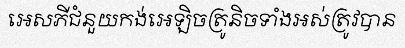
អេសភីជំនួយកង់អេឡិចត្រូនិចទាំងអស់ត្រូវបាន